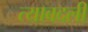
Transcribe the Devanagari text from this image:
त्याबदली